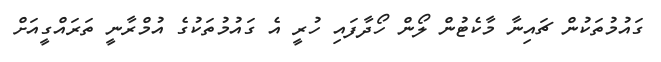
ގައުމުތަކުން ޗައިނާ މާކެޓުން ލޯން ހޯދާފައި ހުރީ އެ ގައުމުތަކުގެ އުމްރާނީ ތަރައްގީއަށް